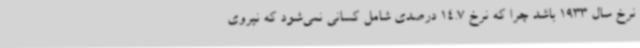
نرخ سال 1933 باشد چرا که نرخ 14.7 درصدی شامل کسانی نمی‌شود که نیروی